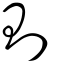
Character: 則